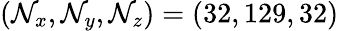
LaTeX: (\mathcal{N}_{x},\mathcal{N}_{y},\mathcal{N}_{z})=(32,129,32)